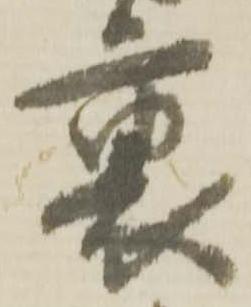
裏